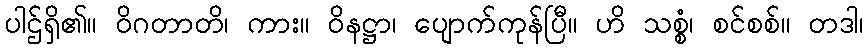
ပါဌ်ရှိ၏။ ဝိဂတာတိ၊ ကား။ ဝိနဋ္ဌာ၊ ပျောက်ကုန်ပြီ။ ဟိ သစ္စံ၊ စင်စစ်။ တဒါ၊